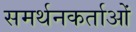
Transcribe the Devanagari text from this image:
समर्थनकर्ताओं